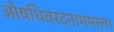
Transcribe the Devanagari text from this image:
ओषधिवरदनाममाला